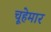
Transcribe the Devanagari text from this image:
चूहेमार